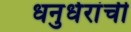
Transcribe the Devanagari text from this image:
धनुर्धरांची